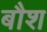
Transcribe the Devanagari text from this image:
बौश